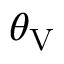
\theta _ { \mathrm { V } }